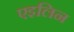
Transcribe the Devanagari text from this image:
एइलिन